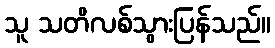
သူ သတိလစ်သွားပြန်သည်။